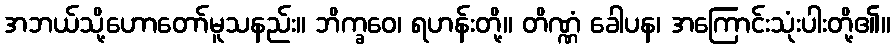
အဘယ်သို့ဟောတော်မူသနည်း။ ဘိက္ခဝေ၊ ရဟန်းတို့။ တိဏ္ဏံ ခေါပန၊ အကြောင်းသုံးပါးတို့၏။